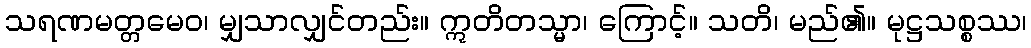
သရဏမတ္တမေဝ၊ မျှသာလျှင်တည်း။ ဣတိတသ္မာ၊ ကြောင့်။ သတိ၊ မည်၏။ မုဋ္ဌသစ္စဿ၊